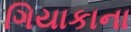
ગિયાકાના